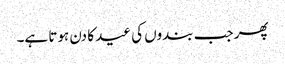
پھر جب بندوں کی عید کا دن ہوتا ہے۔